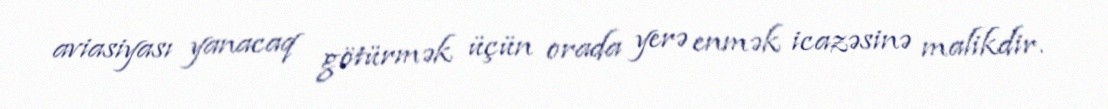
aviasiyası yanacaq götürmək üçün orada yerə enmək icazəsinə malikdir.